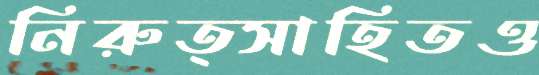
নিরুত্সাহিতও